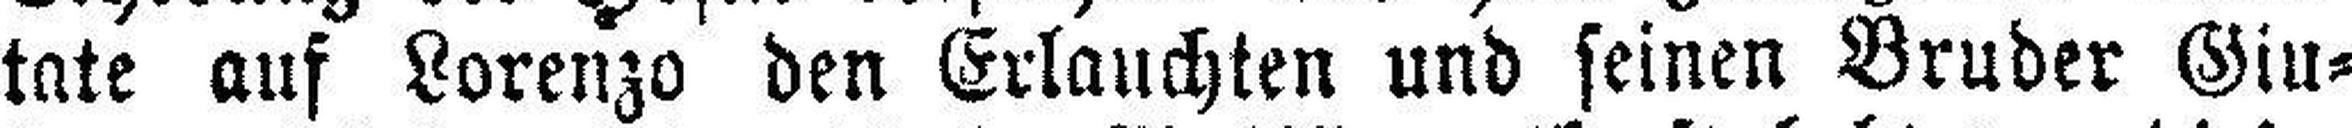
tate auf Lorenzo den Erlauchten und seinen Bruder Ein¬